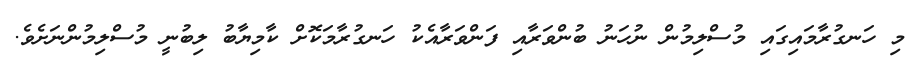
މި ހަނގުރާމައިގައި މުސްލިމުން ނުހަނު ބުންވަރާއި ފަންވަރާއެކު ހަނގުރާމަކޮށް ކާމިޔާބު ލިބުނީ މުސްލިމުންނަށެވެ.